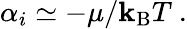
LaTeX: \alpha_{i}\simeq-\mu/\mathbf{k}_{\mathrm{{{B}}}}T\ .